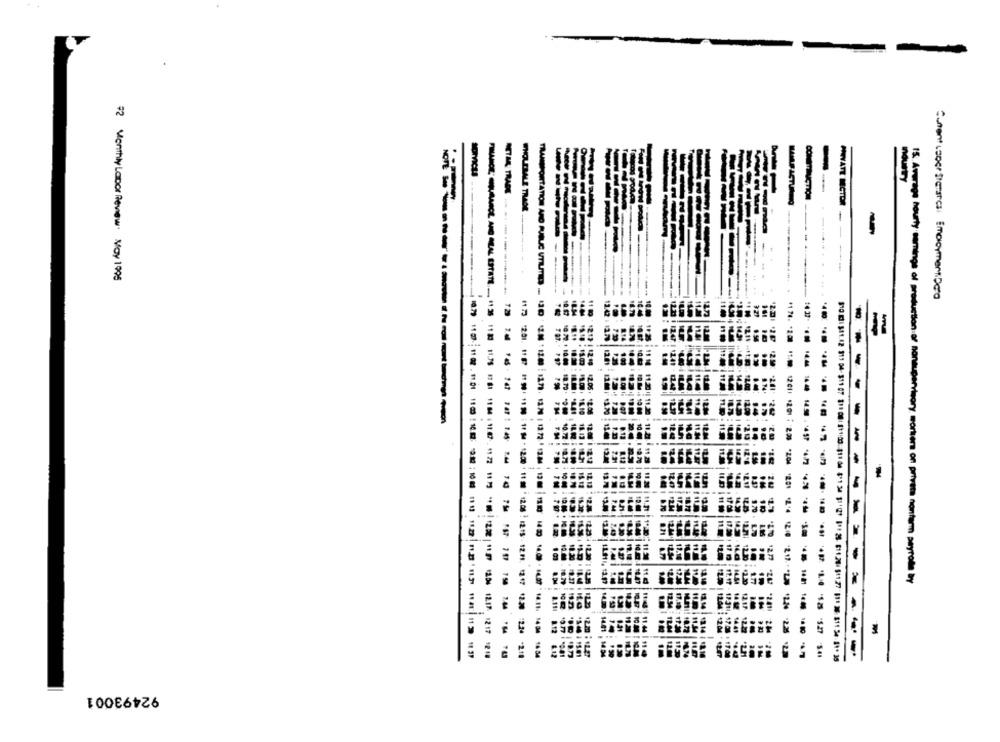
.
Pcts
Industry
METAR TRADE
-
72 Vienthly Labor Review. May 1995
----
Cunene LoDer SIGTETCS: Employment, Dera
14 .37-
OMLAL ESTATE . #1 36 11 30
-
-
TE
------
15: Average hourly comings of production of nonsupervisory mortiers on privata nonfarm payrota By
810 0): $11.82 913 04- 311 07 811 08: 11:1:03: 311 06 4'1 34 31'(21 81 25- 611.20181127 611 36: 811 54-81. 35
92493001